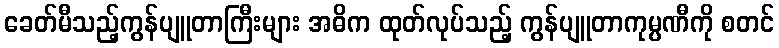
ခေတ်မီသည့်ကွန်ပျူတာကြီးများ အဓိက ထုတ်လုပ်သည့် ကွန်ပျူတာကုမ္ပဏီကို စတင်